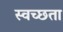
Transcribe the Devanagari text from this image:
स्वच्‍छता